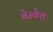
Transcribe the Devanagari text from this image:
बेरबेरा